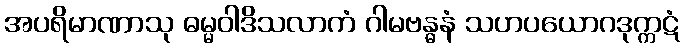
အပရိမာဏာသု ဓမ္မဝါဒိသလာကံ ဂါမဗန္ဓနံ သဟပယောဂဒုက္ကဋံ